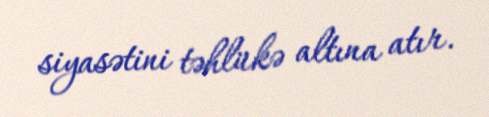
siyasətini təhlükə altına atır.